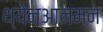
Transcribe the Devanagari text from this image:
थ्येनआनमन